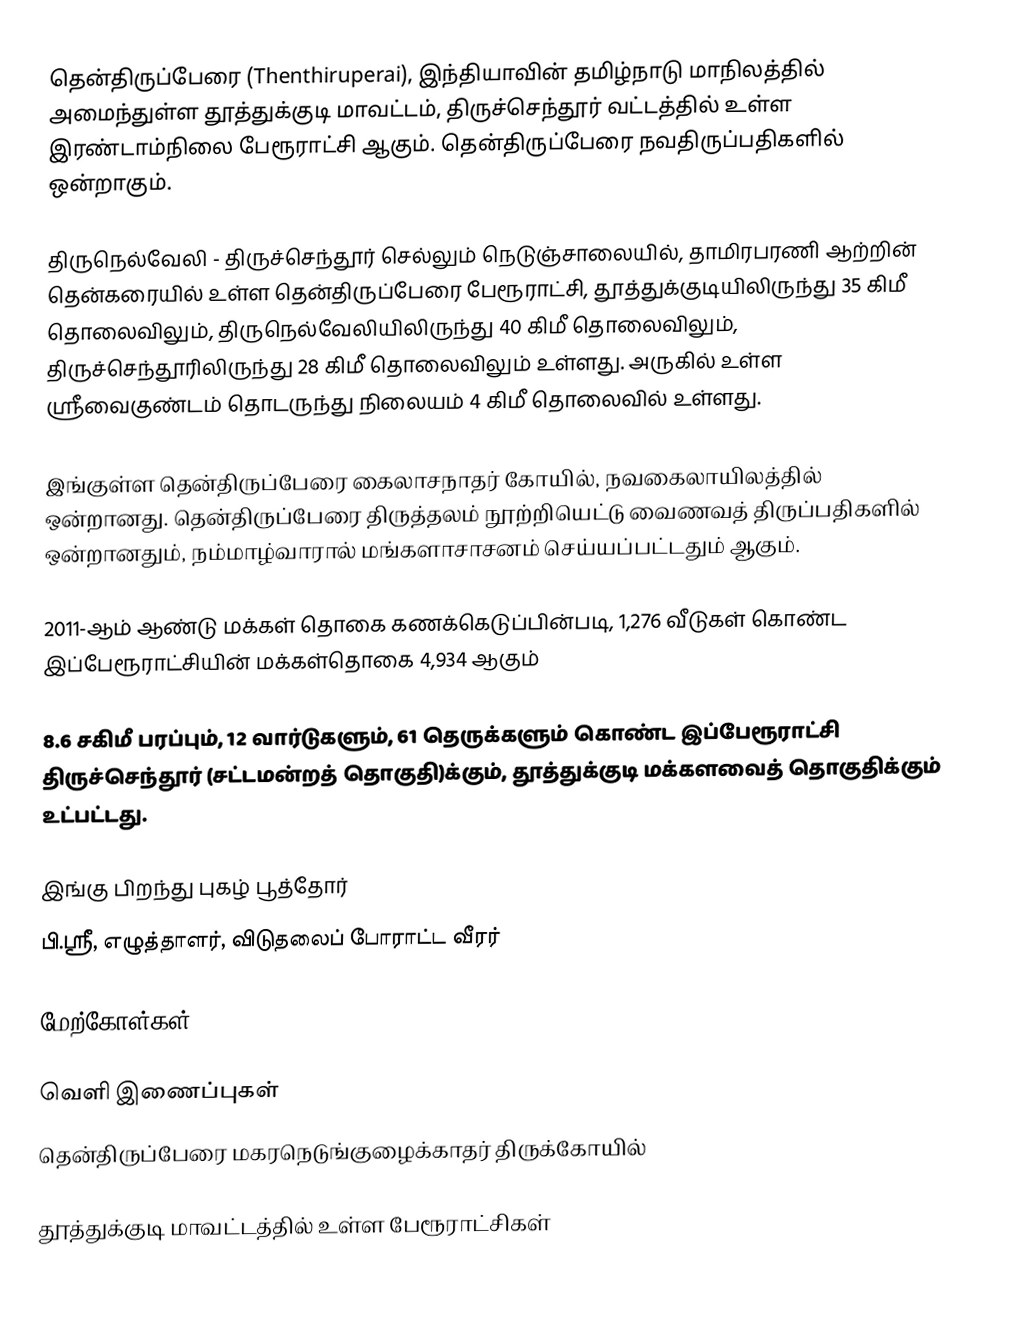
தென்திருப்பேரை (Thenthiruperai), இந்தியாவின் தமிழ்நாடு மாநிலத்தில் அமைந்துள்ள தூத்துக்குடி மாவட்டம், திருச்செந்தூர் வட்டத்தில் உள்ள இரண்டாம்நிலை பேரூராட்சி ஆகும். தென்திருப்பேரை நவதிருப்பதிகளில் ஒன்றாகும்.

திருநெல்வேலி - திருச்செந்தூர் செல்லும் நெடுஞ்சாலையில், தாமிரபரணி ஆற்றின் தென்கரையில் உள்ள தென்திருப்பேரை பேரூராட்சி, தூத்துக்குடியிலிருந்து 35 கிமீ தொலைவிலும், திருநெல்வேலியிலிருந்து  40 கிமீ தொலைவிலும்,   திருச்செந்தூரிலிருந்து 28 கிமீ தொலைவிலும் உள்ளது. அருகில் உள்ள ஸ்ரீவைகுண்டம் தொடருந்து நிலையம்  4 கிமீ தொலைவில் உள்ளது.

இங்குள்ள  தென்திருப்பேரை கைலாசநாதர் கோயில், நவகைலாயிலத்தில் ஒன்றானது. தென்திருப்பேரை திருத்தலம் நூற்றியெட்டு வைணவத் திருப்பதிகளில் ஒன்றானதும், நம்மாழ்வாரால் மங்களாசாசனம் செய்யப்பட்டதும் ஆகும்.

2011-ஆம் ஆண்டு மக்கள் தொகை கணக்கெடுப்பின்படி, 1,276 வீடுகள் கொண்ட இப்பேரூராட்சியின்                                    மக்கள்தொகை  4,934 ஆகும்

8.6   சகிமீ பரப்பும், 12 வார்டுகளும், 61 தெருக்களும் கொண்ட இப்பேரூராட்சி  திருச்செந்தூர் (சட்டமன்றத் தொகுதி)க்கும், தூத்துக்குடி மக்களவைத் தொகுதிக்கும் உட்பட்டது.

இங்கு பிறந்து புகழ் பூத்தோர்
 பி.ஸ்ரீ, எழுத்தாளர், விடுதலைப் போராட்ட வீரர்

மேற்கோள்கள்

வெளி இணைப்புகள்
 தென்திருப்பேரை மகரநெடுங்குழைக்காதர் திருக்கோயில்

தூத்துக்குடி மாவட்டத்தில் உள்ள பேரூராட்சிகள்